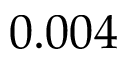
0 . 0 0 4